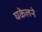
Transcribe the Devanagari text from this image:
घकेलने